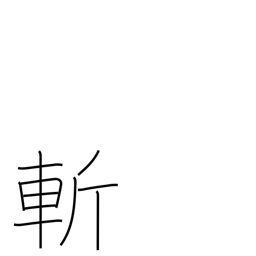
Meaning: kill